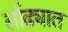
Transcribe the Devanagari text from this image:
लोंढ्यात